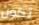
تكون